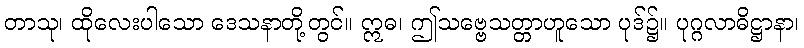
တာသု၊ ထိုလေးပါသော ဒေသနာတို့တွင်။ ဣဓ၊ ဤသဗ္ဗေသတ္တာဟူသော ပုဒ်၌။ ပုဂ္ဂလာဓိဋ္ဌာနာ၊